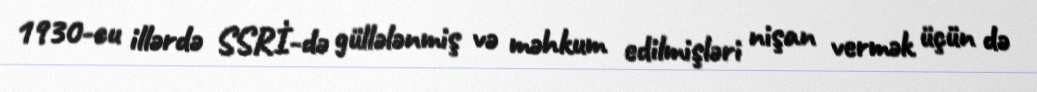
1930-cu illərdə SSRİ-də güllələnmiş və məhkum edilmişləri nişan vermək üçün də